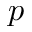
p